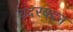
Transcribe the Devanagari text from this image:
चंदरबदन